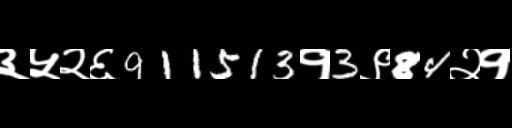
Text: ३५२६911513१3९84२१